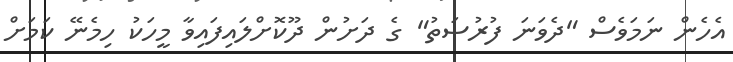
އެހެން ނަމަވެސް "ދެވަނަ ފުރުސަތު" ގެ ދަށުން ދޫކޮށްލައިފައިވާ މީހަކު ހިމެނޭ ކަމަށް